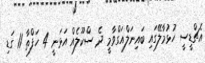
އެޗްޑީސީ ހުޅުމާލޭގައި ބައިނަލްއަގްވާމީ ދެ ސްކޫލެއް އަޅަނީ 4 ހަފްތާ 11 ގަޑި